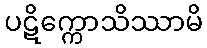
ပဋိက္ကောသိဿာမိ